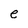
Character: e